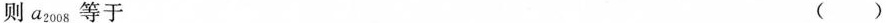
则a_{2008}等于 ()